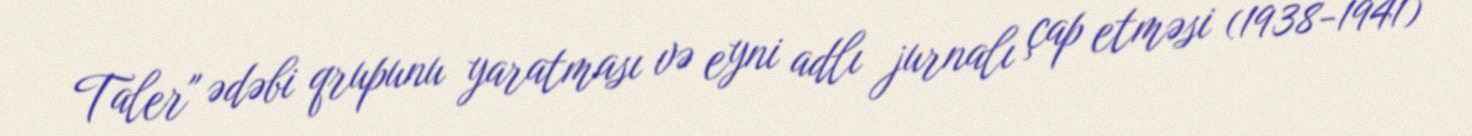
Taler" ədəbi qrupunu yaratması və eyni adlı jurnalı çap etməsi (1938-1941)